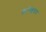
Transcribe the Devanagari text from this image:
कॅॅल्शियम